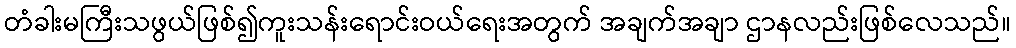
တံခါးမကြီးသဖွယ်ဖြစ်၍ကူးသန်းရောင်းဝယ်ရေးအတွက် အချက်အချာ ဌာနလည်းဖြစ်လေသည်။